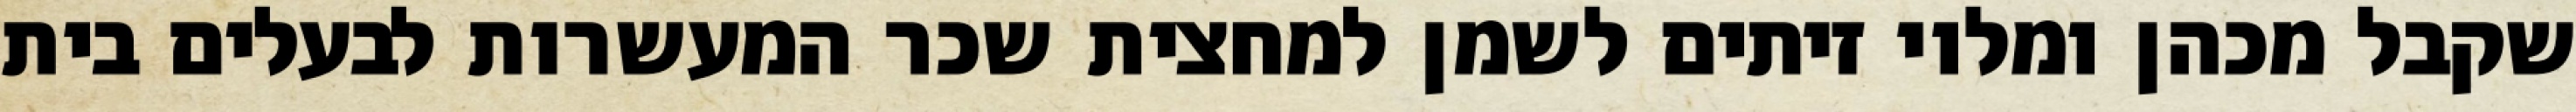
שקבל מכהן ומלוי זיתים לשמן למחצית שכר המעשרות לבעלים בית